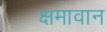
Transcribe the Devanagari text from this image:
क्षमावान